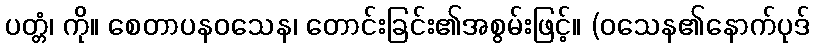
ပတ္တံ၊ ကို။ စေတာပနဝသေန၊ တောင်းခြင်း၏အစွမ်းဖြင့်။ (ဝသေန၏နောက်ပုဒ်